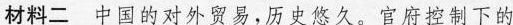
材料二 中国的对外贸易，历史悠久。官府控制下的